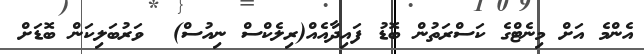
އެންމެ އަށް މިނެޓްގެ ކަސްރަތުން ބޮޑު ފައިދާއެއް(ރިލެކްސް ނިއުސް)  ވަރުބަލިކަން ބޮޑަށް